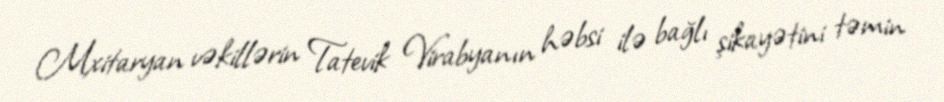
Mxitaryan vəkillərin Tatevik Virabyanın həbsi ilə bağlı şikayətini təmin